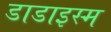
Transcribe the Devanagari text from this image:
डाडाइस्म